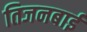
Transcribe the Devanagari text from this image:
तिजनबाई